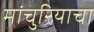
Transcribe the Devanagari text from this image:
मांचुरियाचा